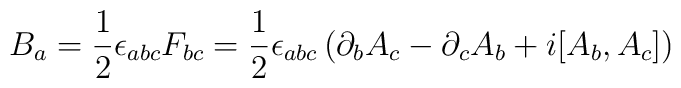
B_a ={1\over 2}\epsilon_{abc}F_{bc}=  {1\over 2}\epsilon_{abc}    \left(\partial_b A_c -\partial_c A_b +i[A_b,A_c] \right)